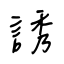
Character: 誘